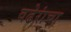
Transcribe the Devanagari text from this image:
वढेरांचा